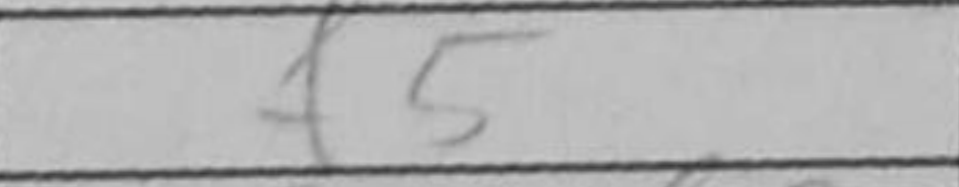
Transcription: f5